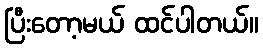
ပြီးတော့မယ် ထင်ပါတယ်။